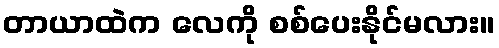
တာယာထဲက လေကို စစ်ပေးနိုင်မလား။